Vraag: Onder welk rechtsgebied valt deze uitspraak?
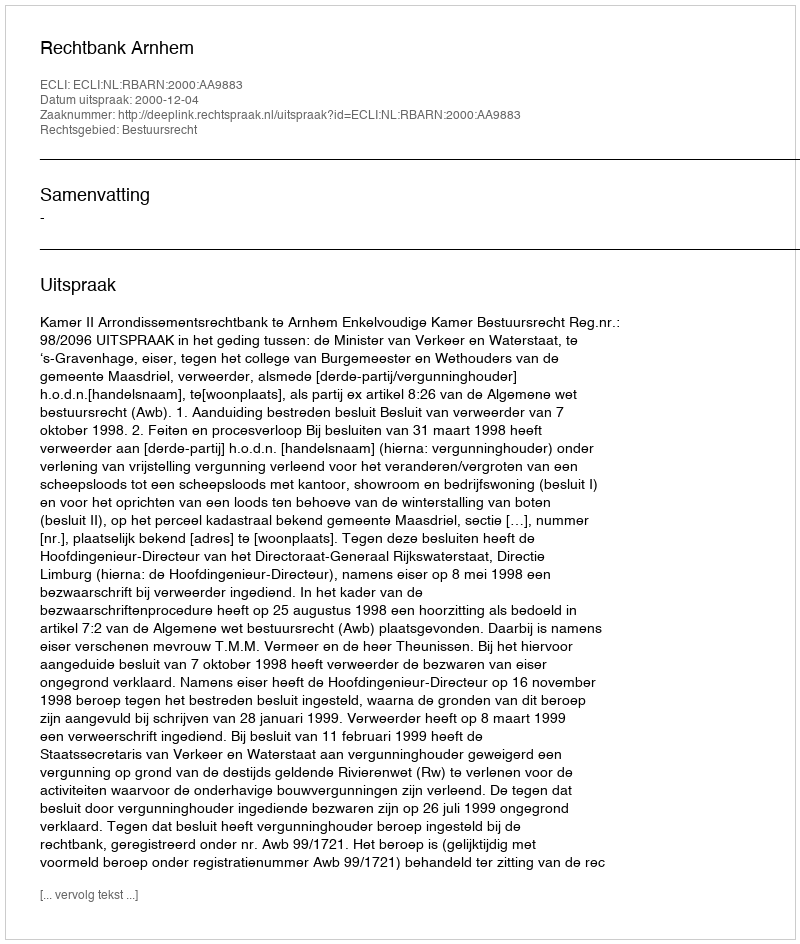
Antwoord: Bestuursrecht